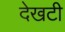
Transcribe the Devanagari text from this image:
देखटी